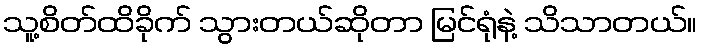
သူ့စိတ်ထိခိုက် သွားတယ်ဆိုတာ မြင်ရုံနဲ့ သိသာတယ်။